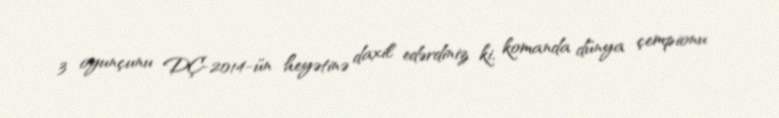
3 oyunçunu DÇ-2014-ün heyətinə daxil edərdiniz ki, komanda dünya çempionu